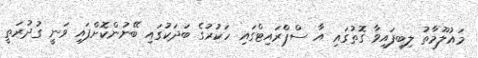
މައުލޫމާތު ލިބިފައިވާ ގޮތުގައި އާ ސްޕްރައިޓްގައި ހަކުރުގެ ބަދަކުގައި ބޭނުންކޮށްފައި ވަނީ ގުދުރަތީ